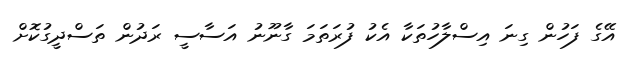
އޭގެ ފަހުން ގިނަ އިސްލާހުތަކާ އެކު ފުރަތަމަ ގާނޫނު އަސާސީ ރަދުން ތަސްދީގުކޮށް